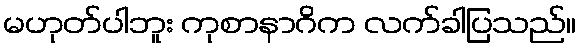
မဟုတ်ပါဘူး ကုစာနာဂိက လက်ခါပြသည်။